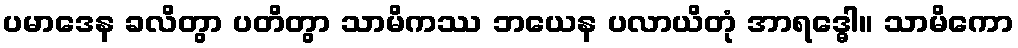
ပမာဒေန ခလိတွာ ပတိတွာ သာမိကဿ ဘယေန ပလာယိတုံ အာရဒ္ဓေါ။ သာမိကော